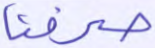
صرفنا